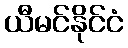
ယီမင်နိုင်ငံ